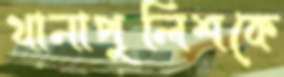
থানাপুলিশকে